Plague in India, 1896, 1897 - Volume 2
Year: 1896
Disease focus: Plague
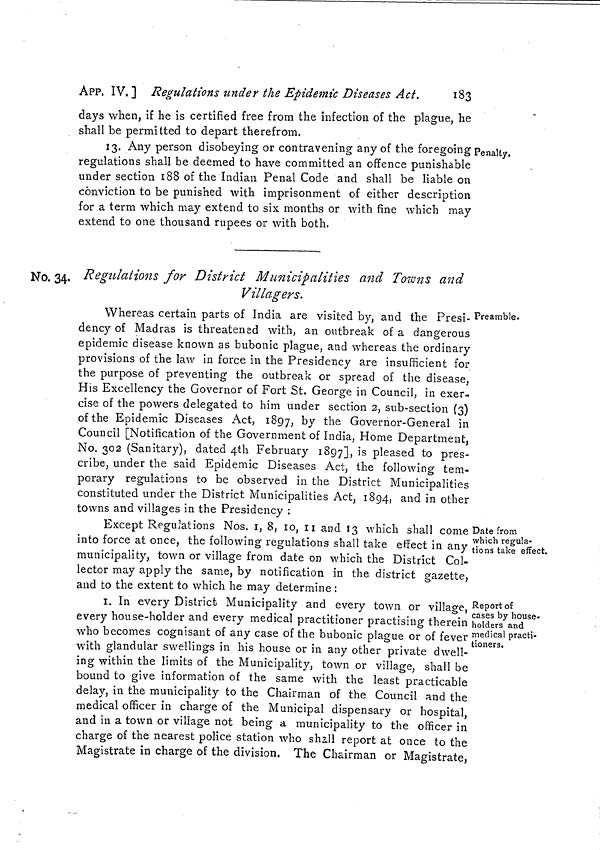
APP. IV. ] Regulations under the Epidemie Diseases Act.
183
days when, if he is certified free from the infection of the plague, he
shall be permitted to depart therefrom.
Penalty.
13. Any person disobeying or contravening any of the foregoing
regulations shall be deemed to have committed an offence punishable
under section 188 of the Indian Penal Code and shall be liable on
conviction to be punished with imprisonment of either description
for a term which may extend to six months or with fine which may
extend to one thousand rupees or with both.
No. 34. Regulations for District Municipalities and Towns and
Villagers.
Preamble.
Whereas certain parts of India are visited by, and the Presi-
dency of Madras is threatened with, an outbreak of a dangerous
epidemic disease known as bubonic plague, and whereas the ordinary
provisions of the law in force in the Presidency are insufficient for
the purpose of preventing the outbreak or spread of the disease,
His Excellency the Governor of Fort St. George in Council, in exer-
cise of the powers delegated to him under section 2, sub-section (3)
of the Epidemic Diseases Act, 1897, by the Governor-General in
Council [Notification of the Government of India, Home Department,
No. 302 (Sanitary), dated 4th February 1897], is pleased to pres-
cribe, under the said Epidemic Diseases Act, the following tem-
porary regulations to be observed in the District Municipalities
constituted under the District Municipalities Act, 1894, and in other
towns and villages in the Presidency :
Date from
which regula-
tions take effect.
Except Regulations Nos. 1, 8, 10, 11 and 13 which shall come
into force at once, the following regulations shall take effect in any
municipality, town or village from date on which the District Col-
lector may apply the same, by notification in the district gazette,
and to the extent to which he may determine :
Report of
cases by house-
holders and
medical practi-
tioners.
I. In every District Municipality and every town or village,
every house-holder and every medical practitioner practising therein
who becomes cognisant of any case of the bubonic plague or of fever
with glandular swellings in his house or in any other private dwell-
ing within the limits of the Municipality, town or village, shall be
bound to give information of the same with the least practicable
delay, in the municipality to the Chairman of the Council and the
medical officer in charge of the Municipal dispensary or hospital,
and in a town or village not being a municipality to the officer in
charge of the nearest police station who shall report at once to the
Magistrate in charge of the division. The Chairman or Magistrate,